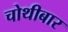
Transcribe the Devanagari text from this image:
चोथीबार